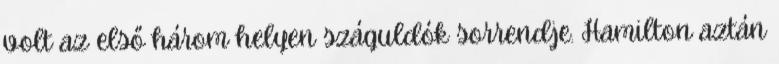
volt az első három helyen száguldók sorrendje. Hamilton aztán